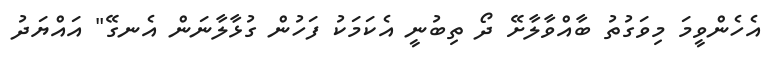
އެހެންވީމަ މިވަގުތު ބާއްވާލާށޭ ދޯ ތިބުނީ އެކަމަކު ފަހުން ގުޅާލާނަން އެނގޭ" އައްޔަދު